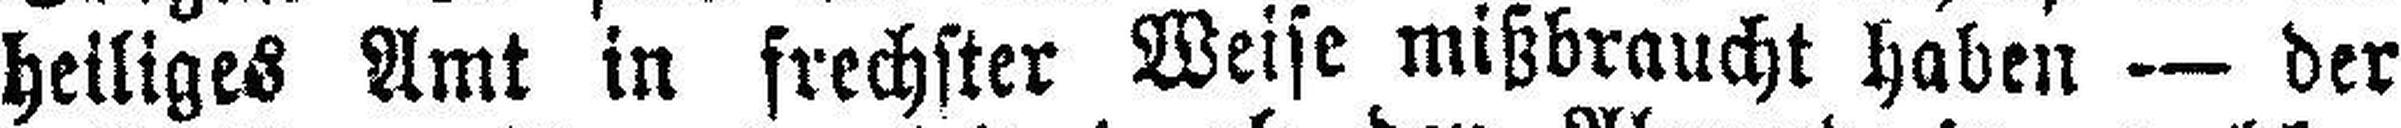
heiliges Amt in frechster Weise mißbraucht haben — der